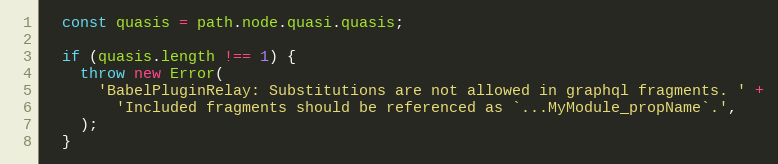
Language: JavaScript
  const quasis = path.node.quasi.quasis;

  if (quasis.length !== 1) {
    throw new Error(
      'BabelPluginRelay: Substitutions are not allowed in graphql fragments. ' +
        'Included fragments should be referenced as `...MyModule_propName`.',
    );
  }